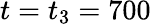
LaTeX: t=t_{3}=700